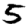
Digit: 5